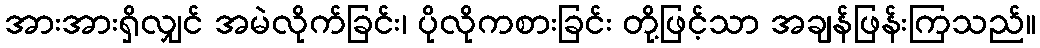
အားအားရှိလျှင် အမဲလိုက်ခြင်း၊ ပိုလိုကစားခြင်း တို့ဖြင့်သာ အချန်ဖြန်းကြသည်။